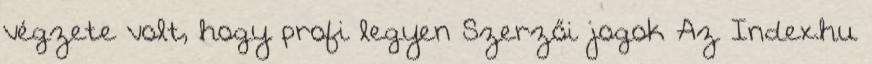
végzete volt, hogy profi legyen Szerzői jogok Az Index.hu